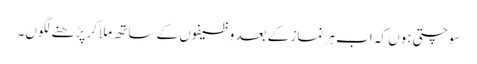
سوچتی ہوں کہ اب ہر نماز کے بعد وظیفوں کے ساتھ ملا کر پڑھنے لگوں۔